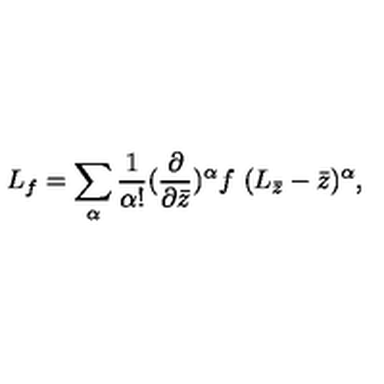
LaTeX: L _ { f } = \sum _ { \alpha } \frac { 1 } { \alpha ! } ( \frac { \partial } { \partial \bar { z } } ) ^ { \alpha } f \ ( L _ { \bar { z } } - \bar { z } ) ^ { \alpha } ,